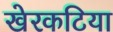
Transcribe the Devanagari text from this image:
खेरकटिया